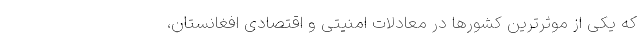
که یکی از موثر‌ترین کشور‌ها در معادلات امنیتی و اقتصادی افغانستان،